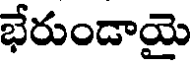
భేరుండాయై